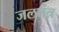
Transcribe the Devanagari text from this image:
जलतंत्र